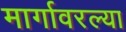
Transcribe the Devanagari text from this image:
मार्गावरल्या